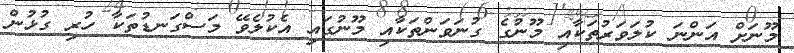
މޫނަށް އަންނަ ކުލަވަރުތަކާއި މޫނުގެ ގުނަވަންތަކާއި މޫނުގައި އެކުލެވޭ މަސްގަނޑުތަކާ ހުރި ގުޅުން